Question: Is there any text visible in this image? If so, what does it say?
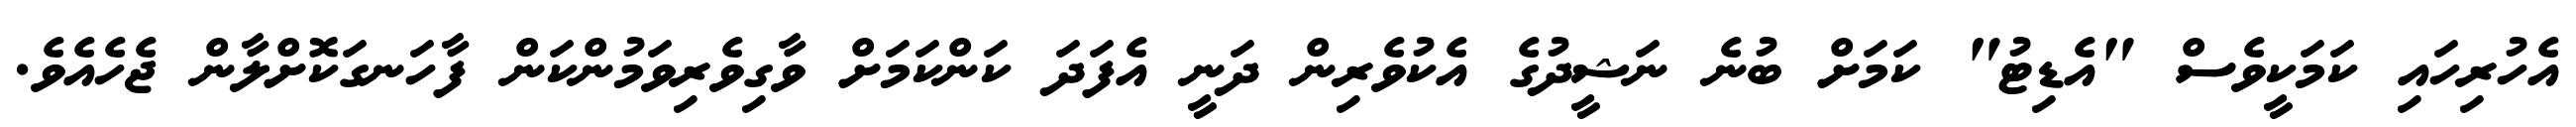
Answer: އެހުރިހައި ކަމަކީވެސް "އެޑިޓު" ކަމަށް ބުނެ ނަޝީދުގެ އެކުވެރިން ދަނީ އެފަދަ ކަންކަމަށް ވާގިވެރިވަމުންކަން ފާހަނގަކޮށްލާން ޖެހެއެވެ.